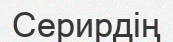
Серирдің